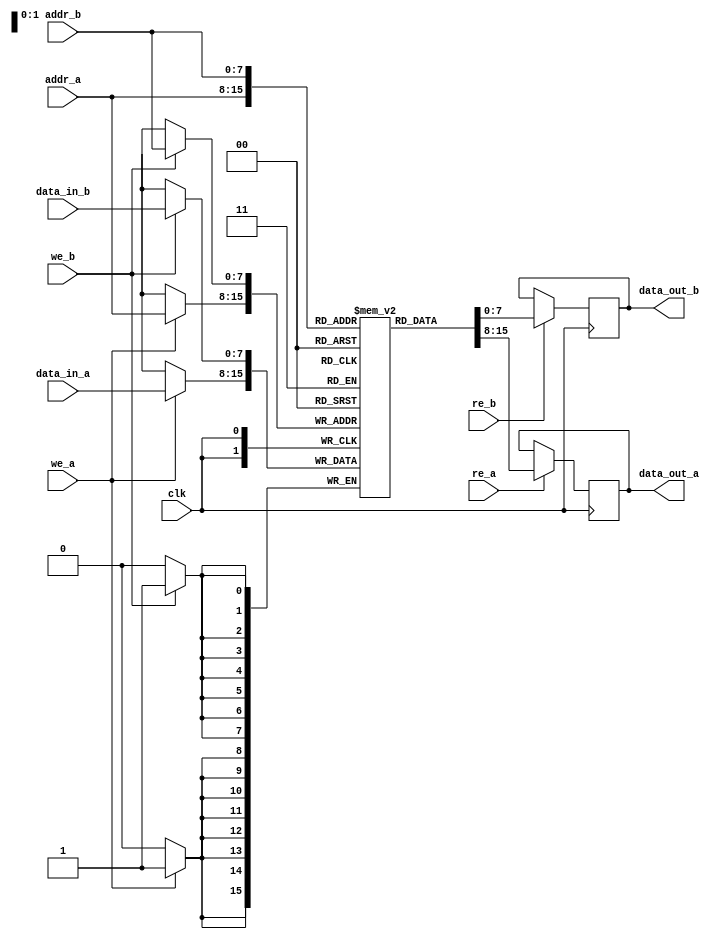
module dual_port_ram #(
    parameter DATA_WIDTH = 8,   // Width of the data bus (in bits)
    parameter ADDR_WIDTH = 8,   // Width of the address bus (in bits)
    parameter DEPTH = 1 << ADDR_WIDTH // Total number of words
)(
    input wire clk,               // Clock signal
    input wire we_a,              // Write Enable for Port A
    input wire re_a,              // Read Enable for Port A
    input wire [ADDR_WIDTH-1:0] addr_a, // Address for Port A
    input wire [DATA_WIDTH-1:0] data_in_a, // Data input for Port A
    output reg [DATA_WIDTH-1:0] data_out_a, // Data output for Port A

    input wire we_b,              // Write Enable for Port B
    input wire re_b,              // Read Enable for Port B
    input wire [ADDR_WIDTH-1:0] addr_b, // Address for Port B
    input wire [DATA_WIDTH-1:0] data_in_b, // Data input for Port B
    output reg [DATA_WIDTH-1:0] data_out_b  // Data output for Port B
);

    // Memory array
    reg [DATA_WIDTH-1:0] ram [0:DEPTH-1];

    // Port A operations
    always @(posedge clk) begin
        if (we_a) begin
            ram[addr_a] <= data_in_a; // Write data to RAM
        end
        if (re_a) begin
            data_out_a <= ram[addr_a]; // Read data from RAM
        end
    end

    // Port B operations
    always @(posedge clk) begin
        if (we_b) begin
            ram[addr_b] <= data_in_b; // Write data to RAM
        end
        if (re_b) begin
            data_out_b <= ram[addr_b]; // Read data from RAM
        end
    end

    // Optional: Initialization/reset logic can be added here if needed

endmodule